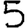
Digit: 5